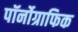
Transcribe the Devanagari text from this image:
पॉर्नोग्राफिक